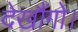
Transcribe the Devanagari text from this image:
देखौंगो।